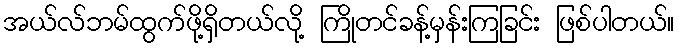
အယ်လ်ဘမ်ထွက်ဖို့ရှိတယ်လို့ ကြိုတင်ခန့်မှန်းကြခြင်း ဖြစ်ပါတယ်။